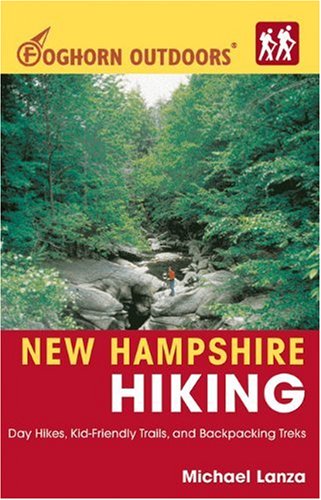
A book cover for New Hampshire Hiking (Foghorn Outdoors): Day Hikes, Kid-Friendly Trails, and Backpacking Treks; Michael Lanza; Travel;